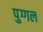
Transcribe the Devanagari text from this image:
पुग्गल